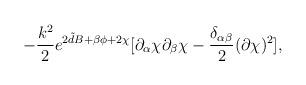
LaTeX: \begin{align*}-\frac{k^{2}}{2} e^{2{\tilde d}B+\beta\phi+2\chi}[\partial_{\alpha} \chi\partial_{\beta} \chi -\frac{\delta_{\alpha\beta}}{2}(\partial \chi)^{2}], \end{align*}